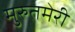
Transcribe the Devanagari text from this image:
मुरुतमेरी